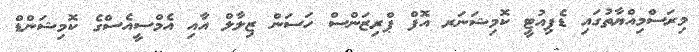
މިރަސްމިއްޔާތުގައި ޑެޕިއުޓީ ކޮމިޝަނަރ އޮފް ޕްރިޒަންސް ހަސަން ޒިލާލް އާއި އެމްސީއެސްގެ ކޮމިޝަންޑް